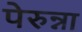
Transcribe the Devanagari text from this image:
पेरुन्ना